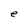
Character: e